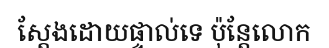
ស្តែងដោយផ្ទាល់ទេ ប៉ុន្តែលោក